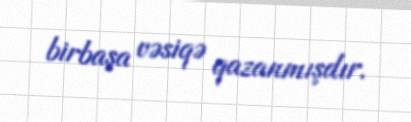
birbaşa vəsiqə qazanmışdır.